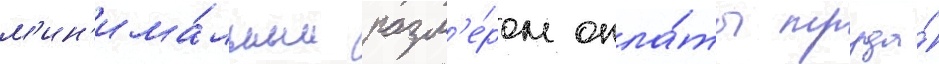
м'ин'има́льным разм'е́ром опла́ты труда́